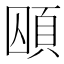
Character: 𮨃